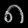
Digit: ၈